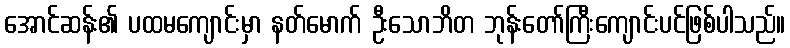
အောင်ဆန်း၏ ပထမကျောင်းမှာ နတ်မောက် ဦးသောဘိတ ဘုန်းတော်ကြီးကျောင်းပင်ဖြစ်ပါသည်။